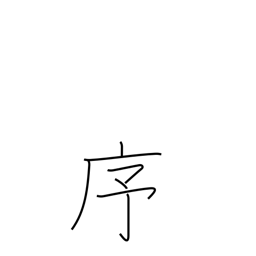
Meaning: order